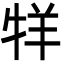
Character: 䍧